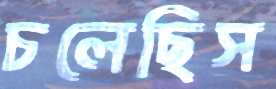
চলেছিস